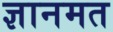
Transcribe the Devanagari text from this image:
ज्ञानमत